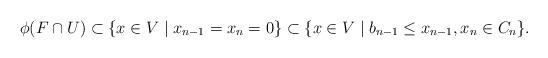
LaTeX: \begin{align*}\phi(F \cap U) \subset \{x \in V \mid x_{n-1} = x_n = 0\} \subset \{x \in V \mid b_{n-1} \leq x_{n-1}, x_n \in C_n\}.\end{align*}